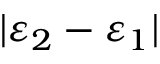
| \varepsilon _ { 2 } - \varepsilon _ { 1 } |